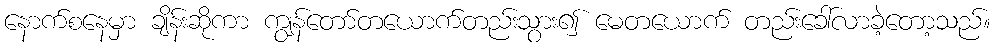
နောက်စနေမှာ ချိန်းဆိုကာ ကျွန်တော်တယောက်တည်းသွား၍ မေတယောက် တည်းခေါ်လာခဲ့တော့သည်။